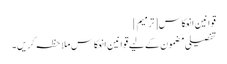
قوانین انعکاس[ترمیم]
تفصیلی مضمون کے لیے قوانین انعکاس ملاحظہ کریں۔